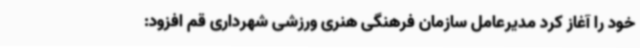
خود را آغاز کرد مدیرعامل سازمان فرهنگی هنری ورزشی شهرداری قم افزود: